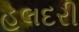
હલદરી